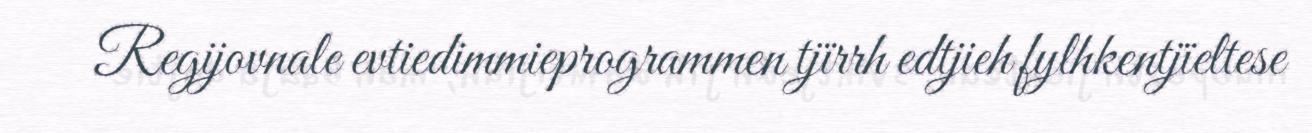
Regijovnale evtiedimmieprogrammen tjïrrh edtjieh fylhkentjïeltese